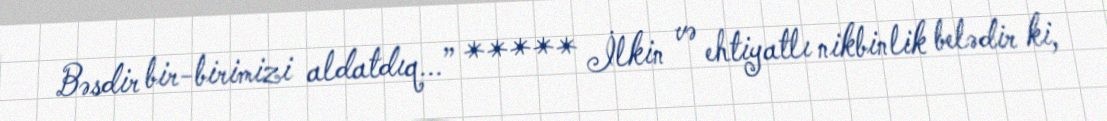
Bəsdir bir-birimizi aldatdıq...” ***** İlkin və ehtiyatlı nikbinlik belədir ki,